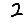
Digit: 2